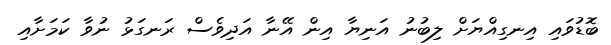
ބޮޑުވައި އިނގިއްޔަށް ލިބުނު އަނިޔާ އިން އޭނާ އަދިވެސް ރަނގަޅު ނުވާ ކަމަށާއި